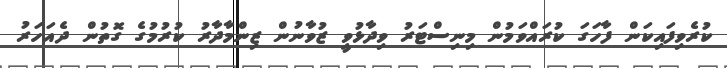
ކުރެވިފައިކަން ފާހަގަ ކުރައްވަމުން މިނިސްޓަރު ވިދާޅުވީ ޒުވާނުން ޒިންމާދާރު ކުރުމުގެ ގޮތުން ދެއަހަރު